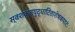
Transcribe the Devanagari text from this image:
स्वशक्तयुद्धाटिताशेषकपाटः